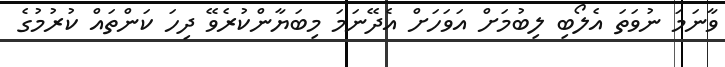
ވާނަމަ ނުވަތަ އެލޯބި ލިބުމަށް އަވަހަށް އެދޭނަމަ މިބަޔާންކުރެވޭ ދިހަ ކަންތައް ކުރުމުގެ